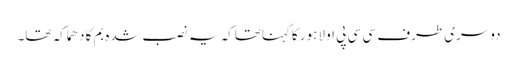
دوسری طرف سی سی پی او لاہور کاکہناتھاکہ یہ نصب شدہ بم کا دھماکہ تھا۔